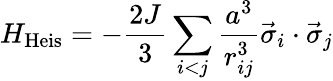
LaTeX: H_{\mathrm{Heis}}=-{\frac{2J}{3}}\sum_{i<j}\frac{a^{3}}{r_{ij}^{3}}\vec{\sigma}_{i}\cdot\vec{\sigma}_{j}